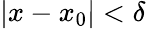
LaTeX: |x-x_{0}|<\delta